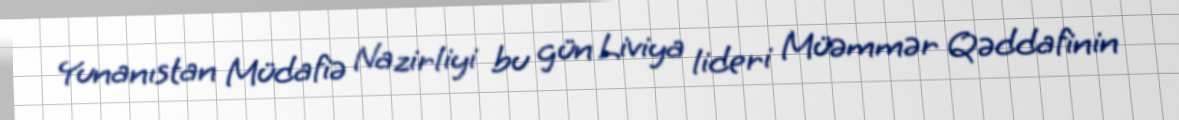
Yunanıstan Müdafiə Nazirliyi bu gün Liviya lideri Müəmmər Qəddafinin